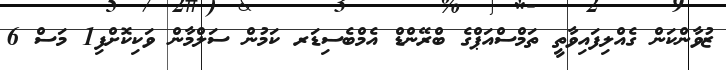
ޒުވާންކަން ގެއްލިފައިވާތީ ތަމްސްއަޕްގެ ބްރޭންޑް އެމްބެސިޑަރ ކަމުން ސަލްމާން ވަކިކޮށްފި1 މަސް 6